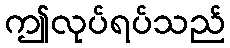
ဤလုပ်ရပ်သည်